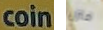
coin منزل